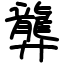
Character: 龏